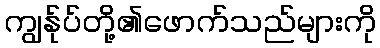
ကျွန်ုပ်တို့၏ဖောက်သည်များကို